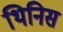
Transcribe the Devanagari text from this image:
थिनिस